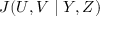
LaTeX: J ( U , V \mid Y , Z )